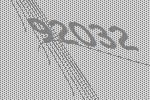
92032